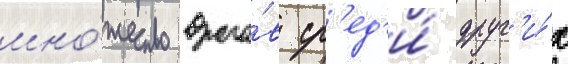
мно́жество враго́в ср'ед'и́ друг'и́х